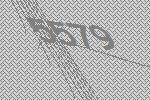
5579